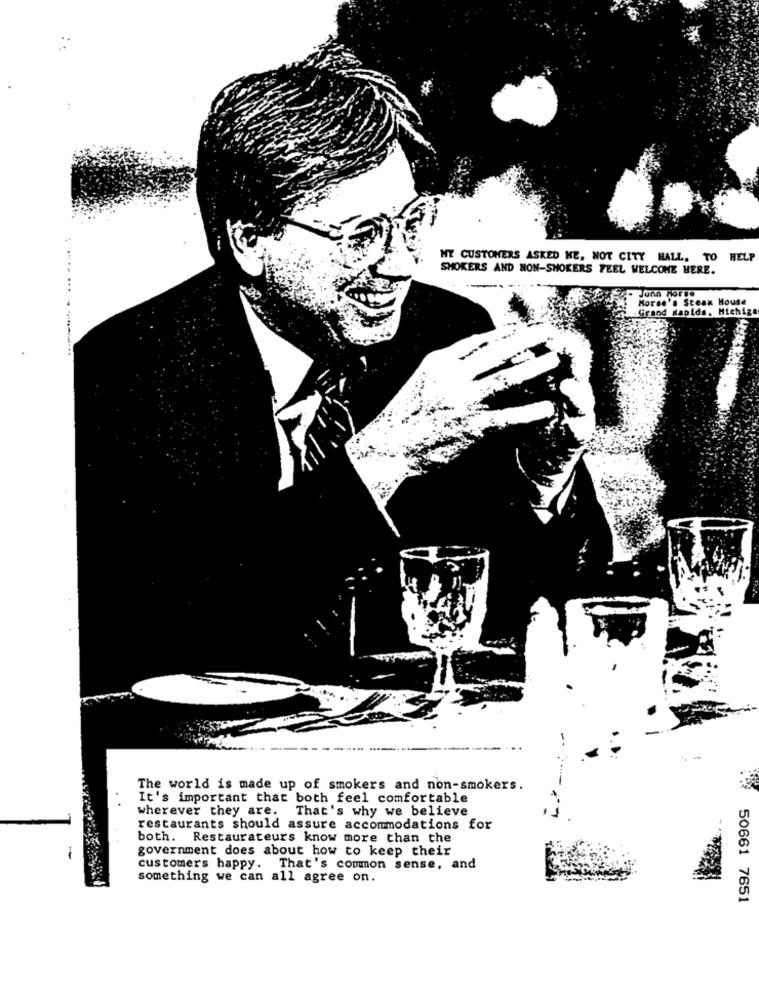
MY CUSTOMERS ASKED ME, NOT CITY HALL, TO HELP
SMOKERS AND NON-SMOKERS FEEL WELCOME HERE.
Juna Morge
Horse's Steak House
.Grand Rapids, Michiga
. ..... ... . ..............
The world is made up of smokers and non-smokers.
It's important that both feel comfortable
wherever they are. That's why we believe
restaurants should assure accommodations for
both.
Restaurateurs know more than the
government does about how to keep their
customers happy. That's common sense, and
something we can all agree on.
50661 7651